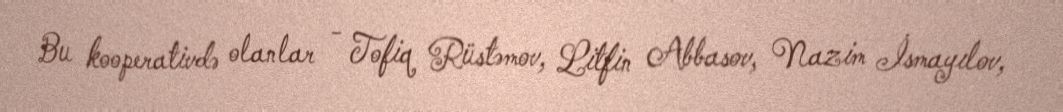
Bu kooperativdə olanlar - Tofiq Rüstəmov, Litfin Abbasov, Nazim İsmayılov,